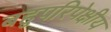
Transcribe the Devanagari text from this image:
बहुपरिपेक्षीय